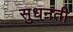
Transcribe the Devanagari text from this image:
सुधनती